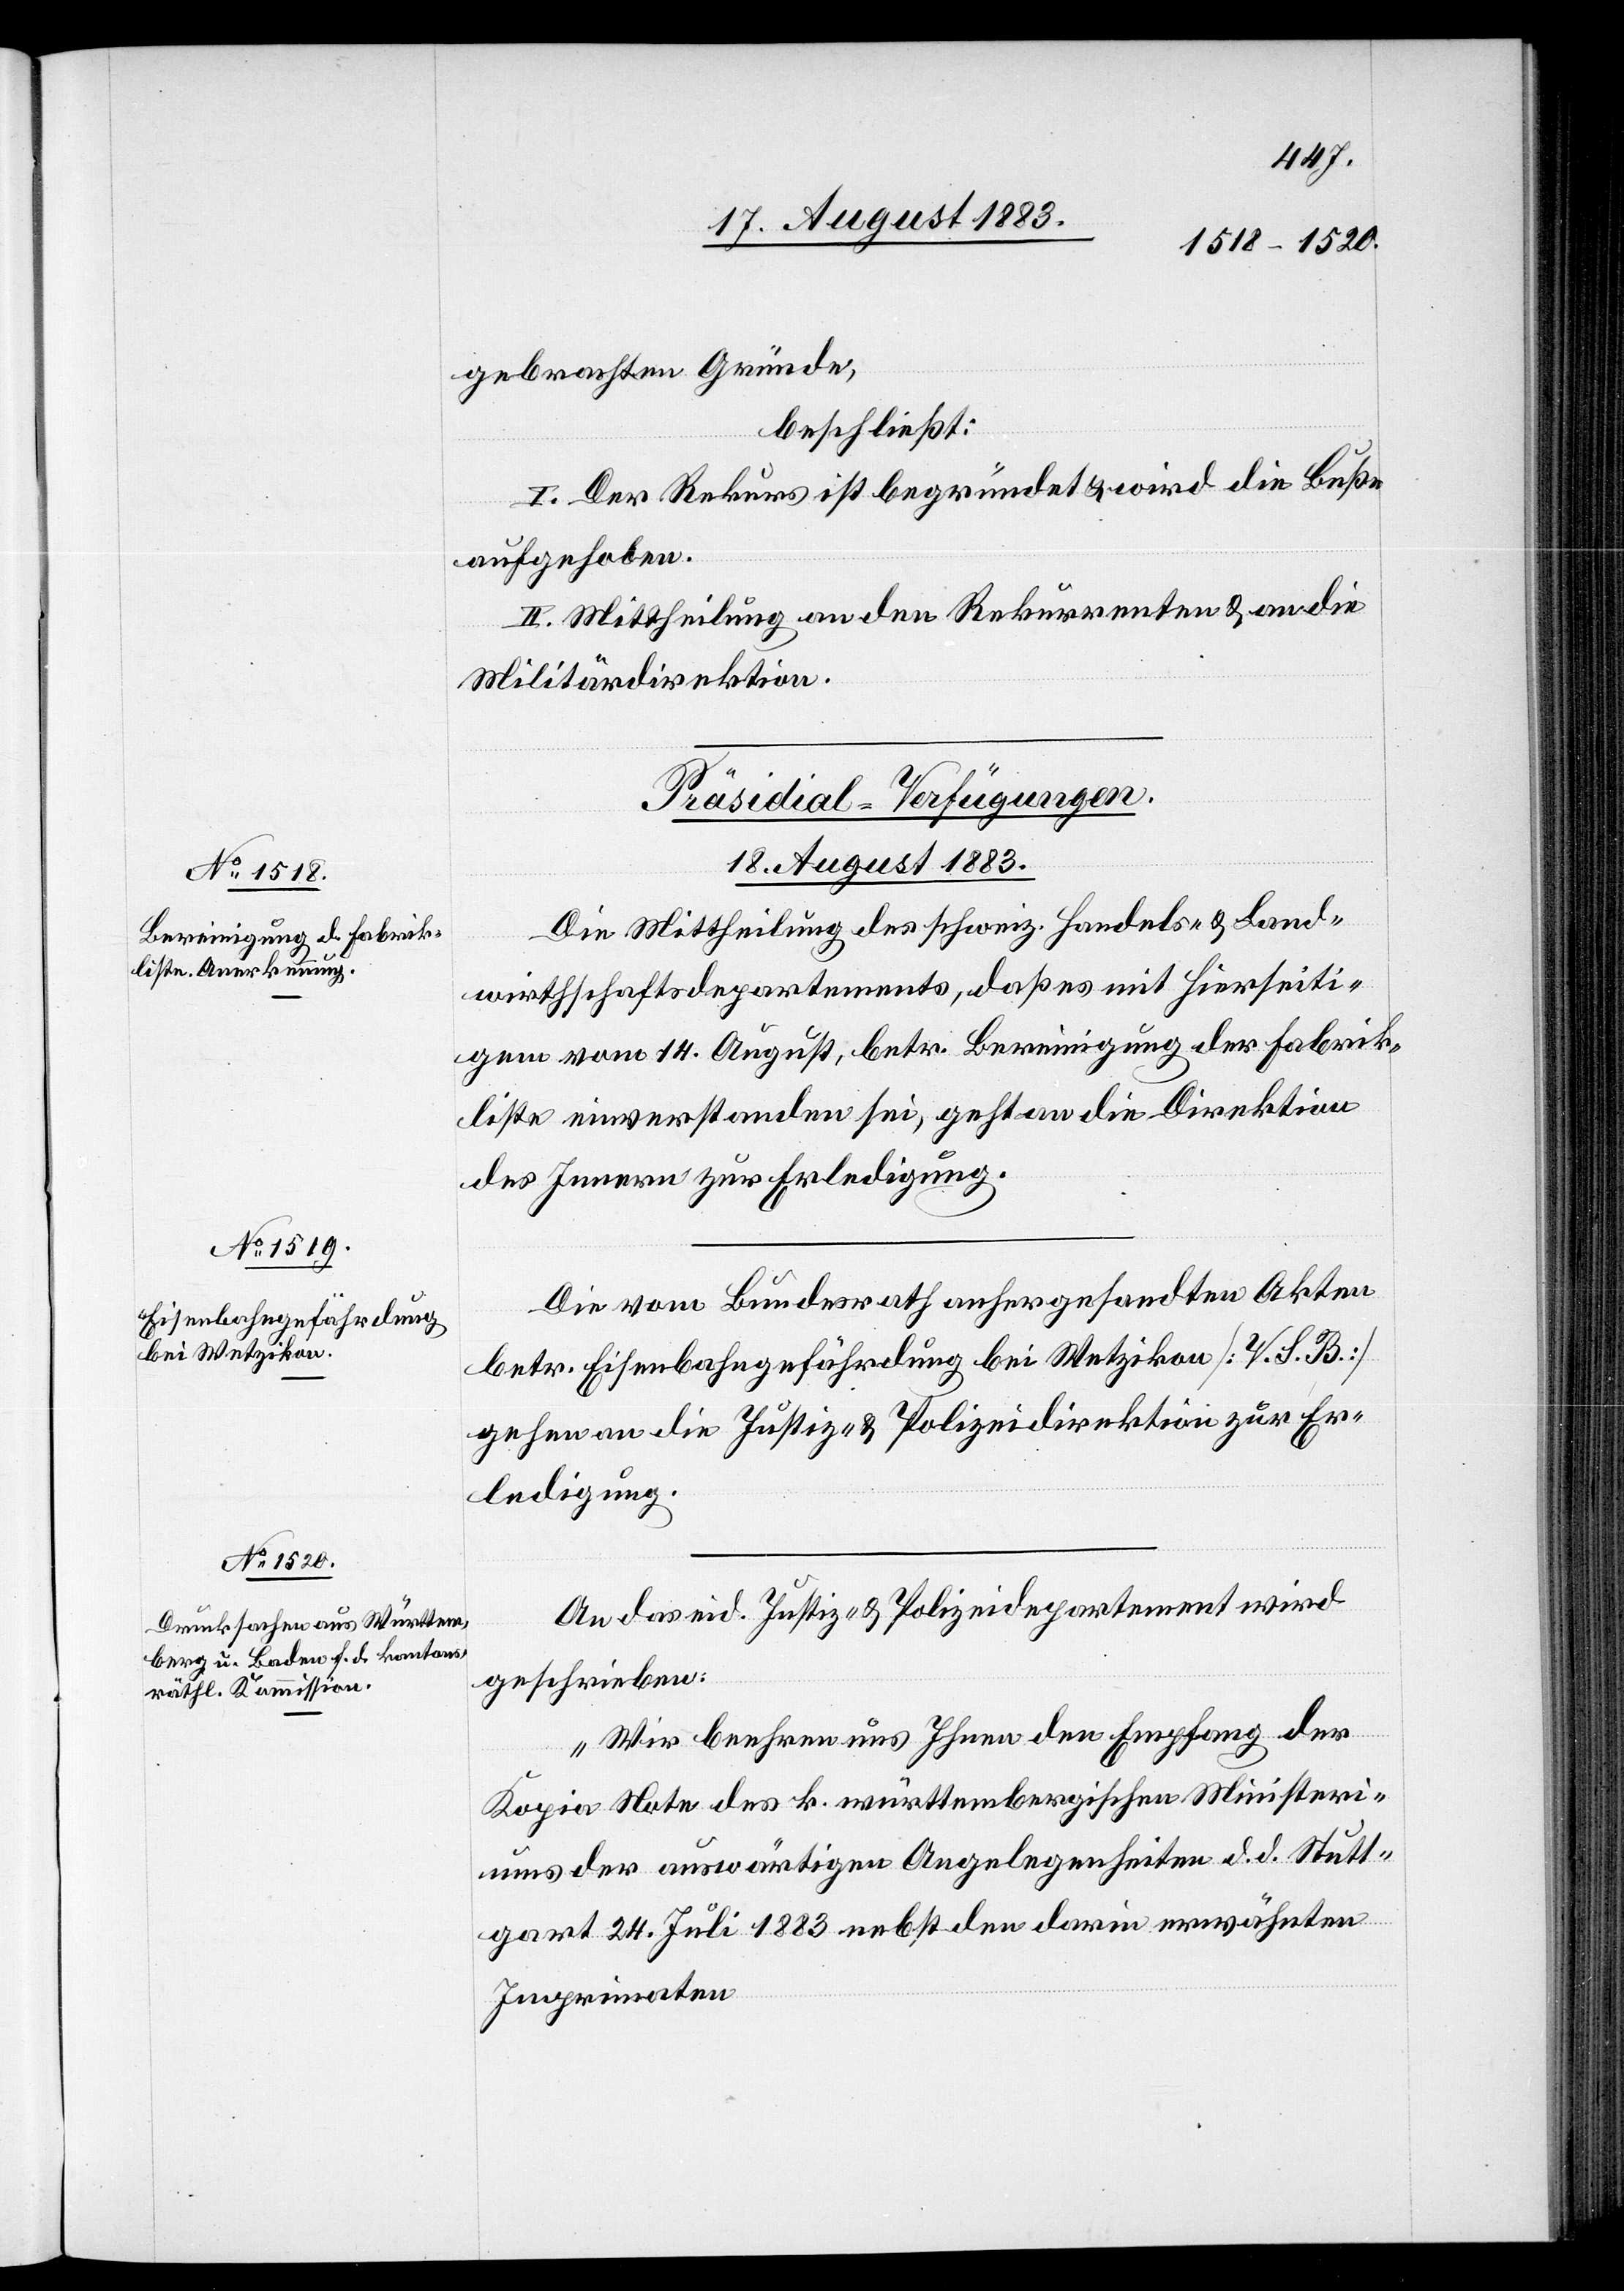
gebrachten Gründe,
beschließt:
I. Der Rekurs ist begründet & wird die Buße
aufgehoben.
II. Mittheilung an den Rekurrenten & an die
Militärdirektion.
[Präsidial-Verfügungen.
18. August 1883.]
Die Mittheilung des schweiz. Handels- & Land¬
wirthschaftsdepartements, daß es mit hierseiti¬
gem vom 14. August, betr. Bereinigung der Fabrik¬
liste einverstanden sei, geht an die Direktion
des Innern zur Erledigung.
Die vom Bundesrath anhergesandten Akten
betr. Eisenbahngefährdung bei Wetzikon [V. S. B.]
gehen an die Justiz- & Polizeidirektion zur Er¬
ledigung.
An das eid. Justiz- & Polizeidepartement wird
geschrieben:
„Wir beehren uns Ihnen dem Empfang der
Kopia Note des k. württembergischen Ministeri¬
ums der auswärtigen Angelegenheiten d. d. Stutt¬
gart 24. Juli 1883 nebst den darin erwähnten
Imprimaten